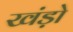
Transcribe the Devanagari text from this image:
खंड़ो